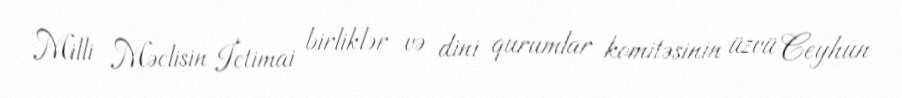
Milli Məclisin İctimai birliklər və dini qurumlar komitəsinin üzvü Ceyhun